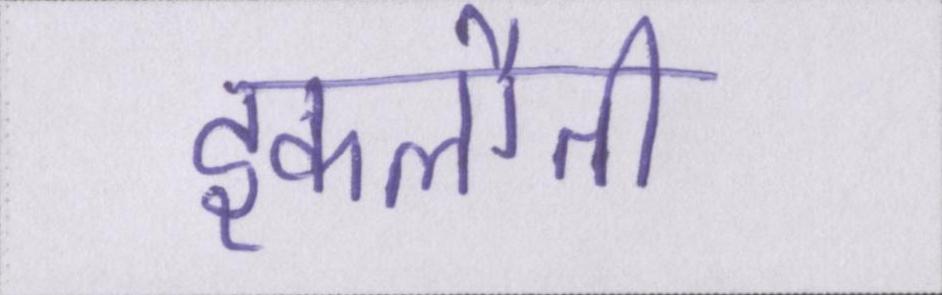
इकलौती